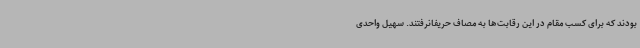
بودند که برای کسب مقام در این رقابت‌ها به مصاف حریفانرفتند. سهیل واحدی